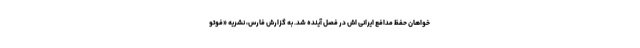
خواهان حفظ مدافع ایرانی اش در فصل آینده شد. به گزارش فارس، نشریه «فوتو